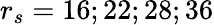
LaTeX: r_{s}=16;22;28;36